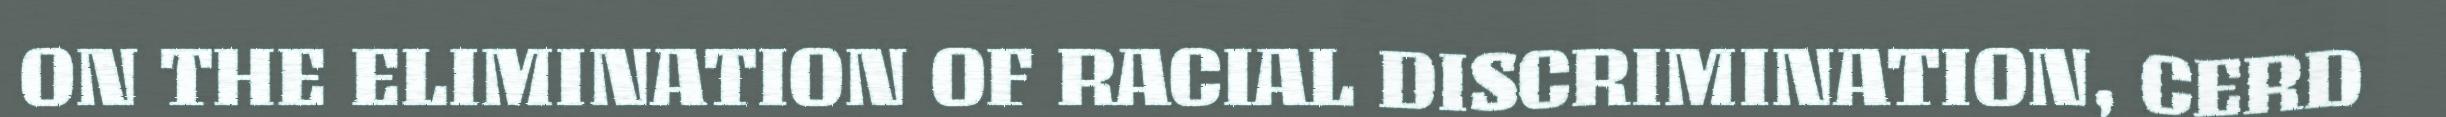
ON THE ELIMINATION OF RACIAL DISCRIMINATION, CERD